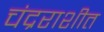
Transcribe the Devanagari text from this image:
चंद्रराशीत